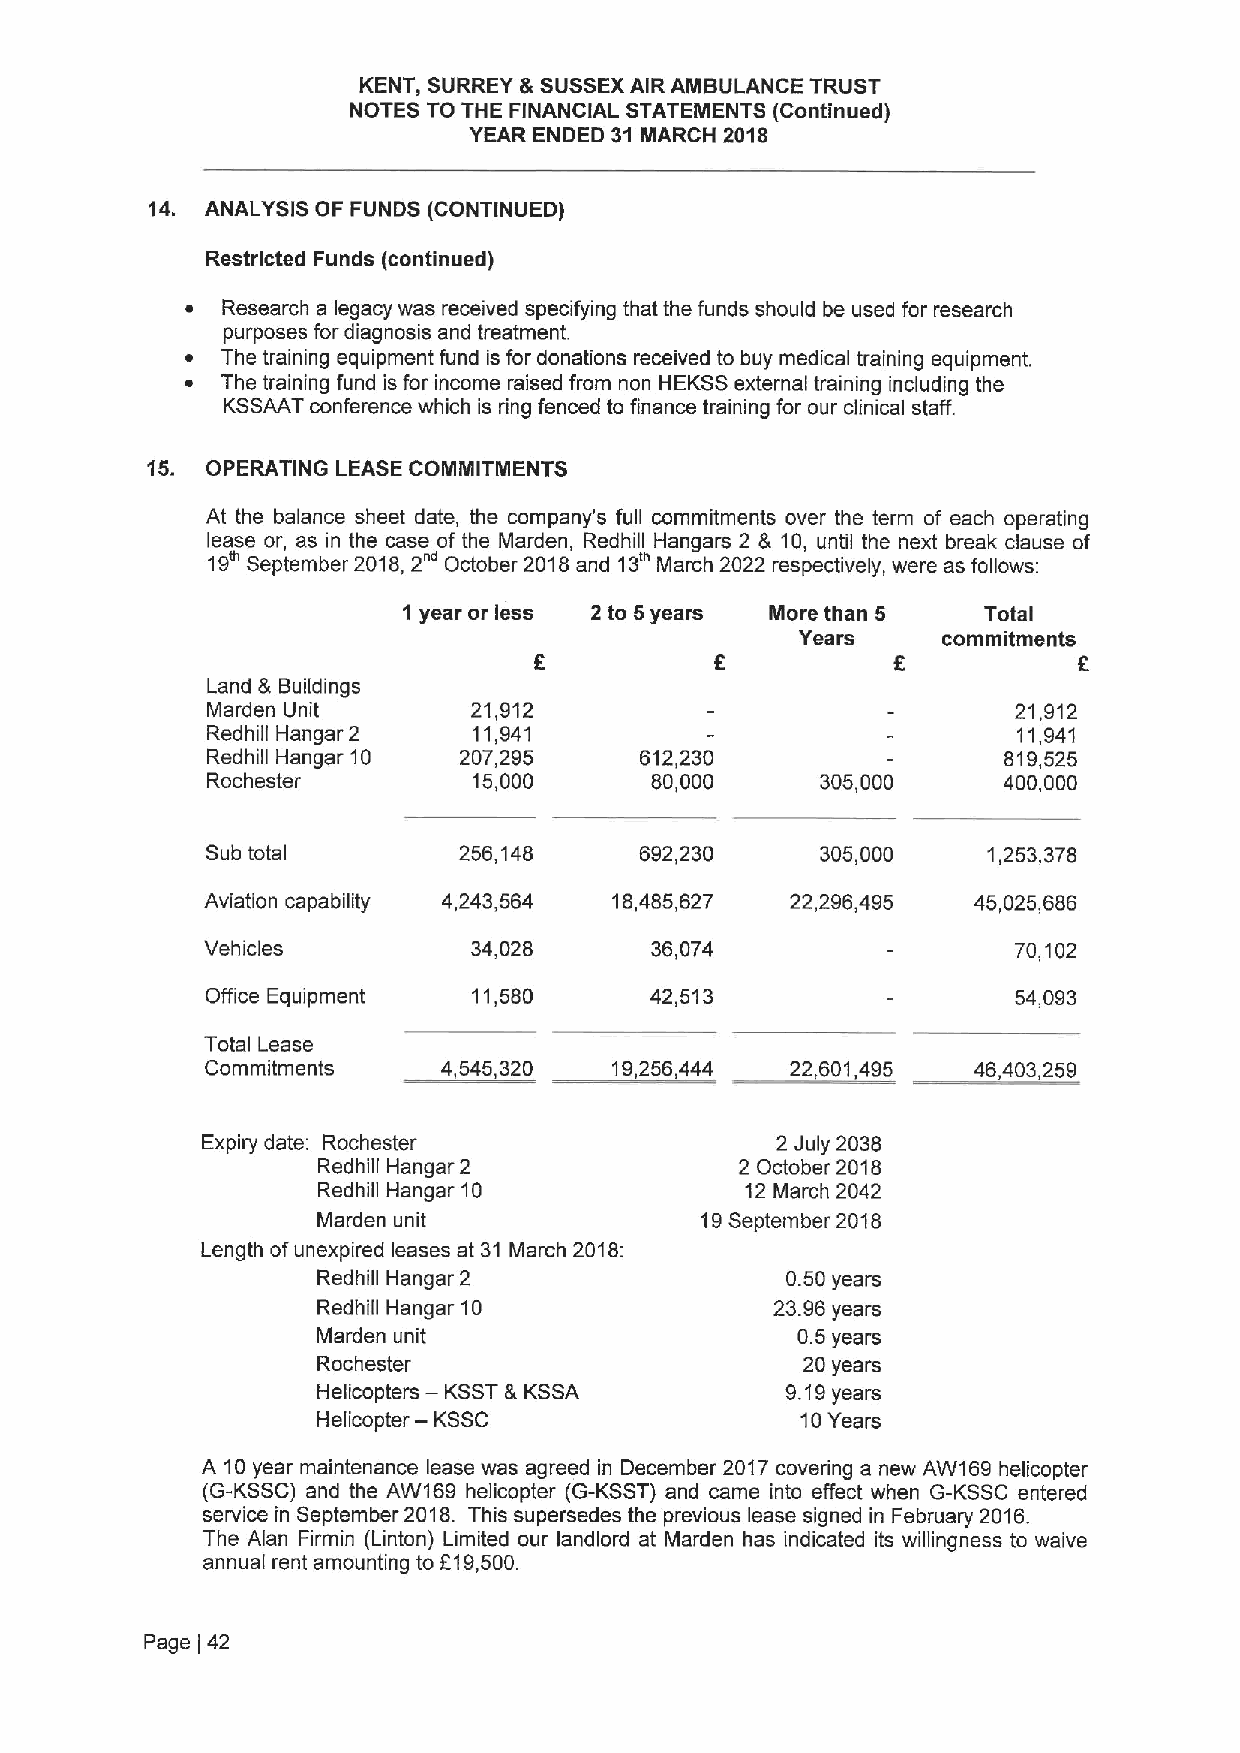
KENT, SURREY &SUSSEXAIR AMBULANCE TRUST
 NOTES TO THE FINANCIAL STATEMENTS (Continued)
 YEAR ENDED 31 MARCH 2018
 14. ANALYSIS OF FUNDS (CONTINUED)
 Restricted Funds (continued)
 ~  Research a legacy was received specifying that the funds should be used for research
 purposes for diagnosis and treatment.
 ~  The training equipment fund is for donations received to buy medical training equipment.
 ~  The training fund is for income raised from non HEKSS external training including the
 KSSAAT conference which is ring fenced to finance training for our clinical staff.
 15. OPERATING LEASE COMMITMENTS
 At the balance sheet date, the company's full commitments over the term of each operating
 lease or, as in the case of the Marden, Redhill Hangars 2 & 10, until the next break clause of
 19 September 2018,2"' October 2018and 13" March 2022 respectively, were as follows:
 1 year or less 2 to 5years More than 5 Total
 Years    commitments
 E
 Land & Buildings
 Marden Unit      21,912                              21,912
 Redhill Hangar 2 11,941                              11,941
 Redhill Hangar 10 207,295   612,230                 819,525
 Rochester        15,000      80,000     305,000     400,000
 Sub total       256,148     692,230     305,000    1,253,378
 Aviation capability 4,243,564 18,485,627 22,296,495 45,025,686
 Vehicles         34,028      36,074                  70,102
 Office Equipment 11,580      42,513                  54,093
 Total Lease
 Commitments    4,545,320   19,256,444 22 601,495  46,403,259
 Expiry date: Rochester                2 July 2038
 Redhill Hangar 2            2 October 2018
 Redhill Hangar 10           12 March 2042
 Marden unit              19September 2018
 Length ofunexpired leases at 31 March 2018:
 Redhill Hangar 2               0.50years
 Redhill Hangar 10             23.96years
 Marden unit                     0.5years
 Rochester                       20 years
 Helicopters — KSST&KSSA        9.19years
 —
 Helicopter KSSC                 10Years
 A 10year maintenance lease was agreed in December 2017covering a new AW169 helicopter
 (G-KSSC) and the AW169 helicopter (G-KSST) and came into effect when G-KSSC entered
 service in September 2018. This supersedes the previous lease signed in February 2016.
 The Alan Firmin (Linton) Limited our landlord at Marden has indicated its willingness to waive
 annual rent amounting to 619,500.
 Page [42